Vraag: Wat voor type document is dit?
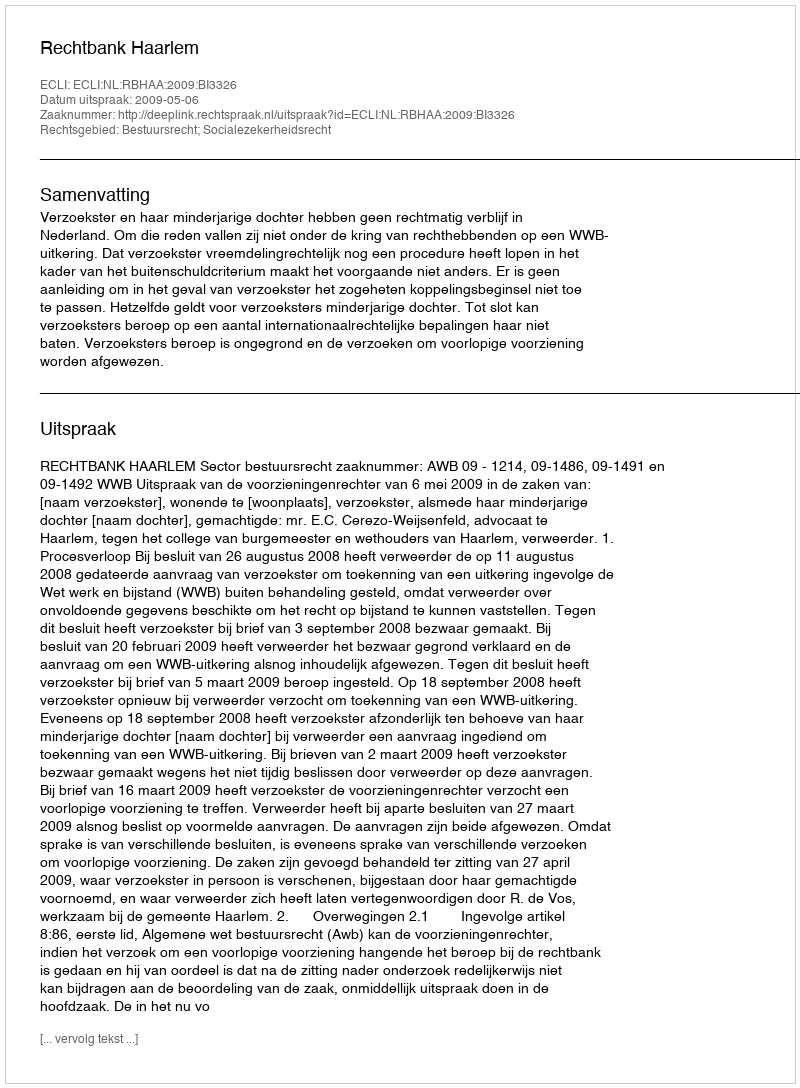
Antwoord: Uitspraak